65_HS1-834228961_62-HQ-83894_Section_8
Agency: FBI
Page 215
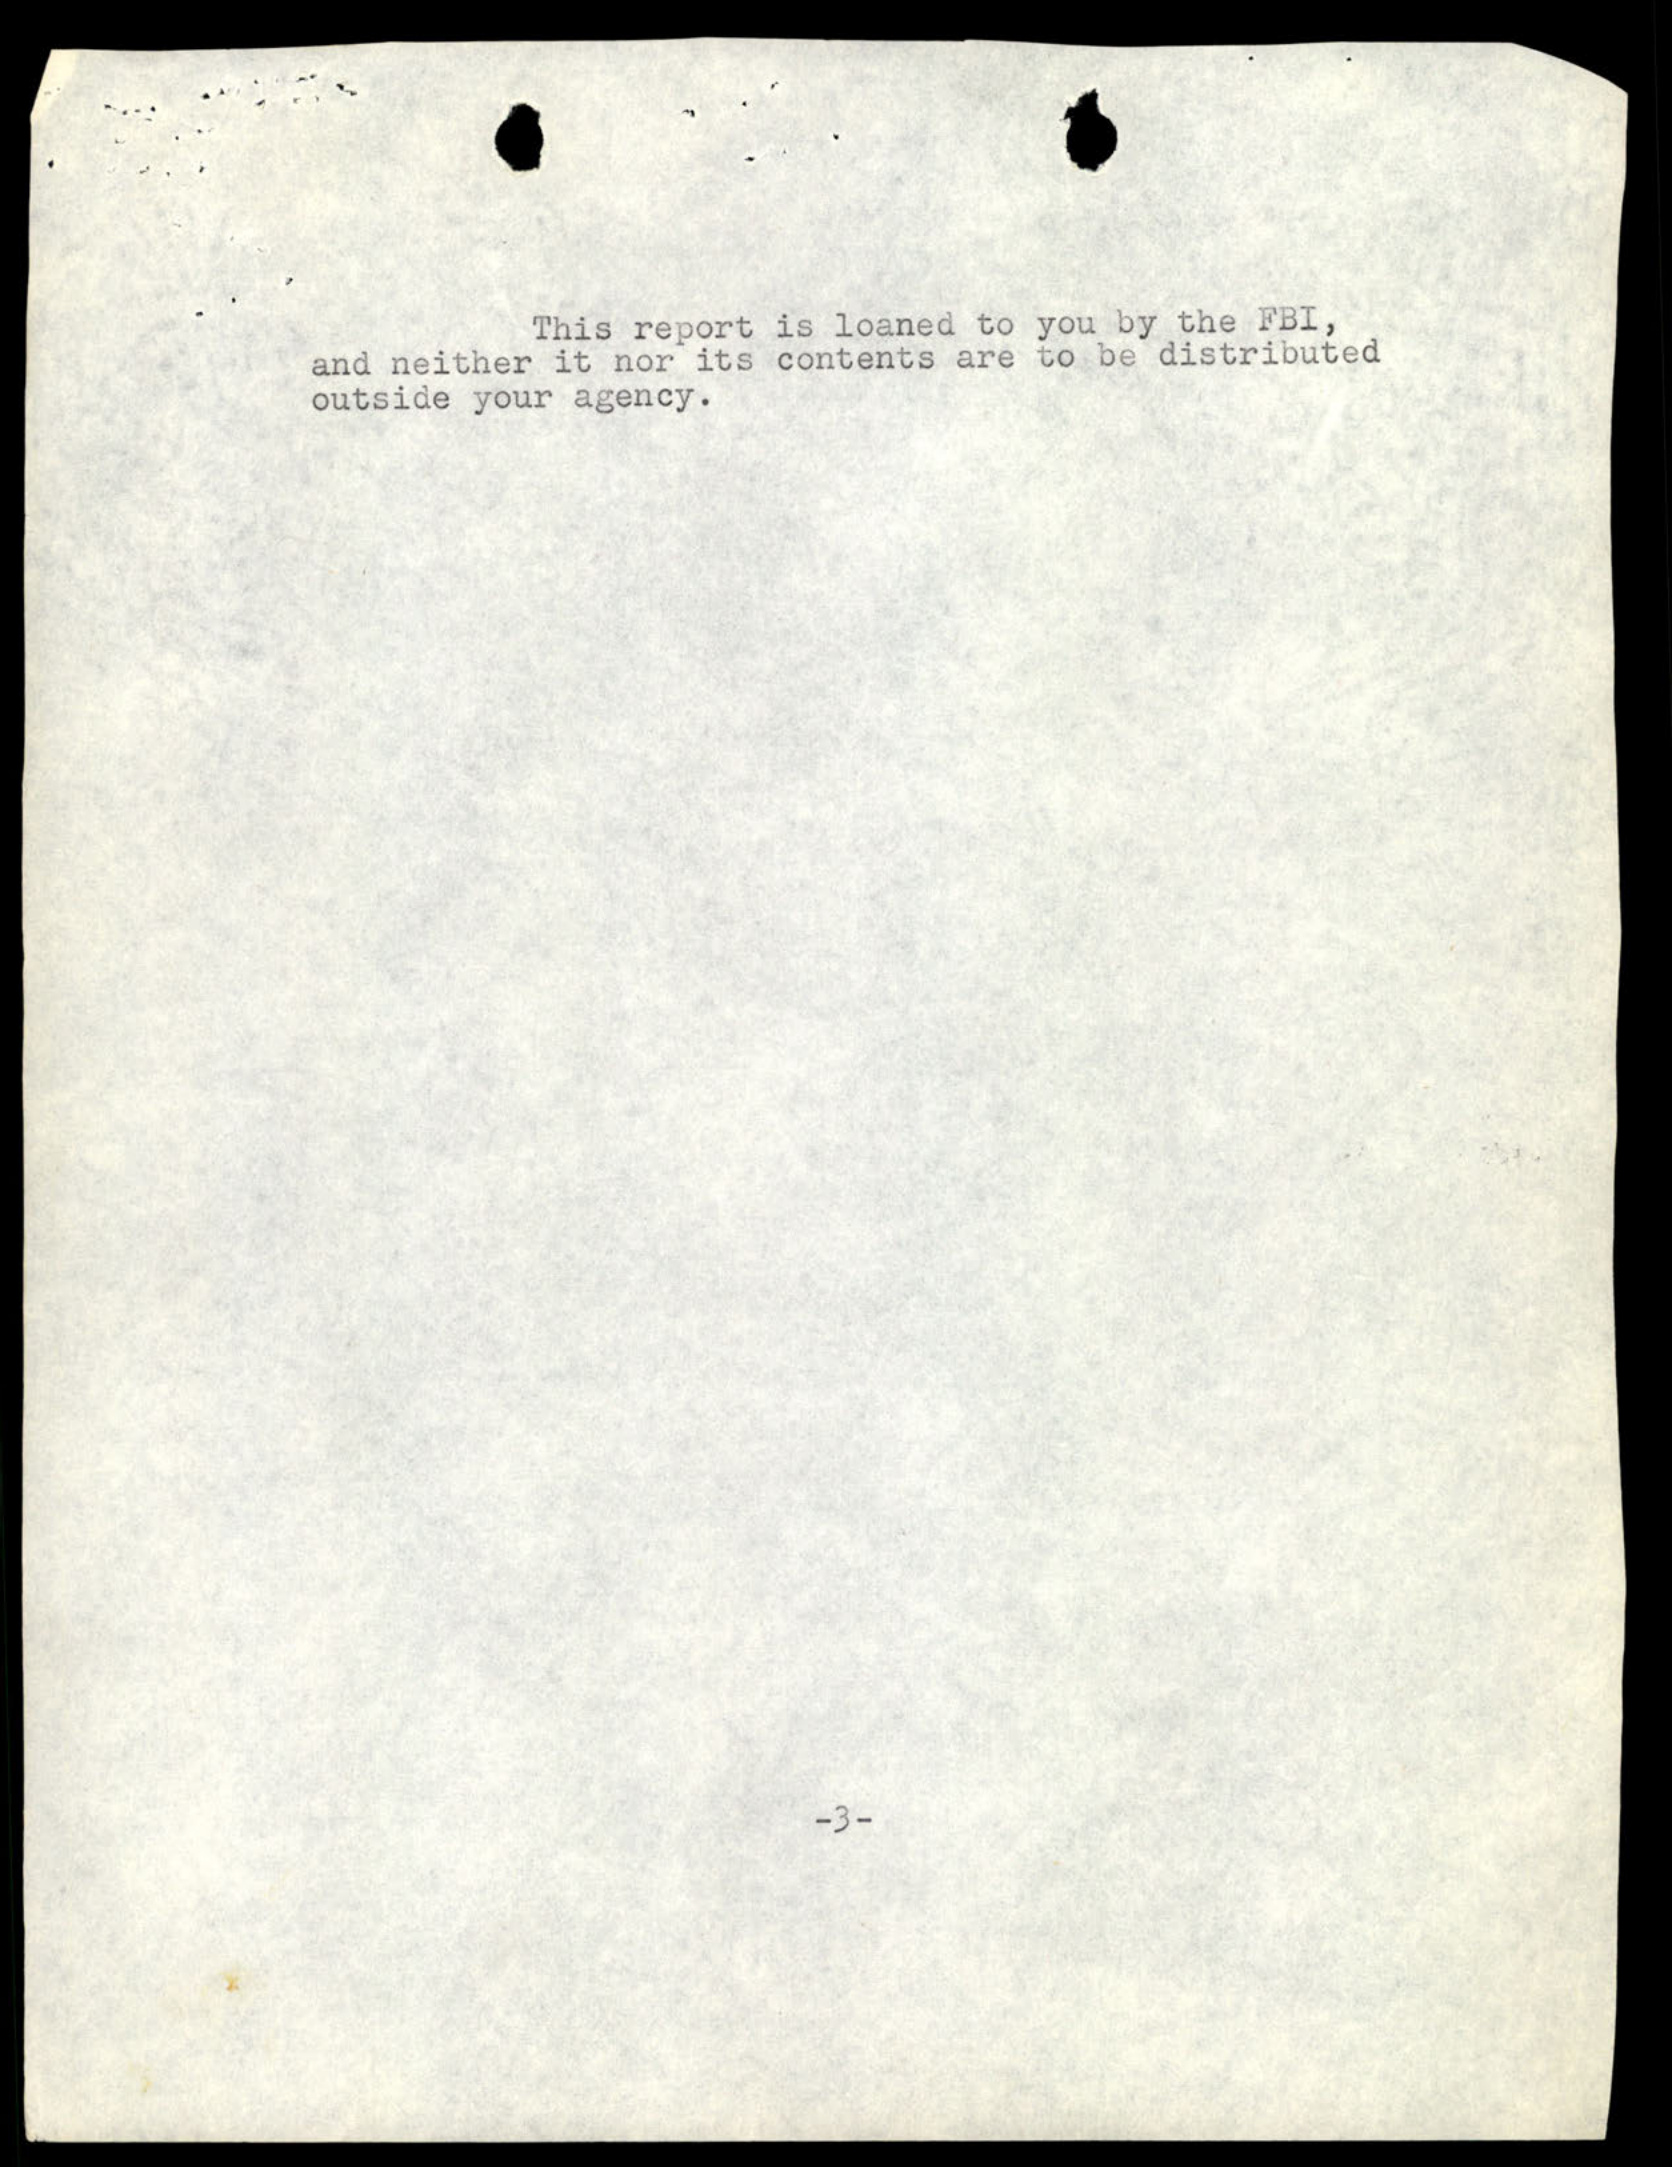